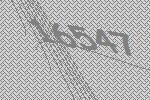
16547